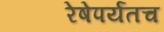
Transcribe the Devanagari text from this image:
रेषेपर्यंतच